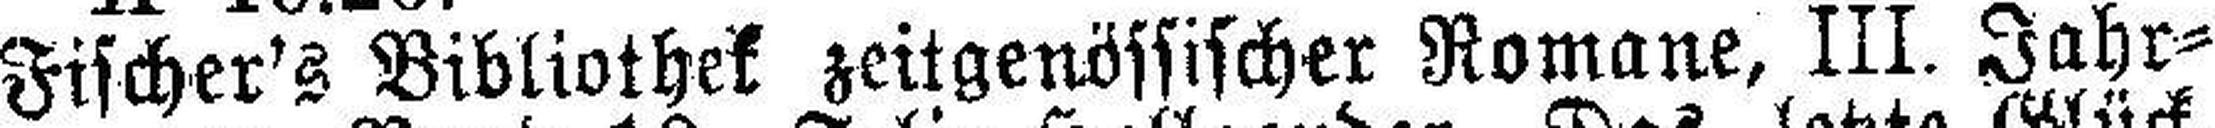
Fischer's Bibliothek zeitgenössischer Romane, III. Jahr¬